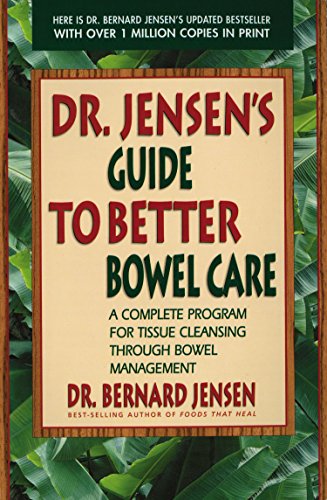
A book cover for Dr. Jensen's Guide to Better Bowel Care: A Complete Program for Tissue Cleansing through Bowel Management; Dr. Bernard Jensen; Health, Fitness & Dieting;